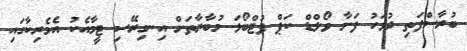
ބުރާސްފަތި ދުވަހު ފަށާ ވޯލްޑް ކަޕް ފުޓްބޯޅަ މުބާރާތަށް އިނގިރޭސި ޓީމާއެކު އެމެރިކާގައި